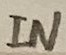
Text: IN